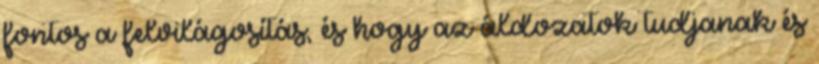
fontos a felvilágosítás, és hogy az áldozatok tudjanak és